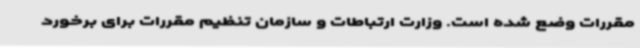
مقررات وضع شده است. وزارت ارتباطات و سازمان تنظیم مقررات برای برخورد